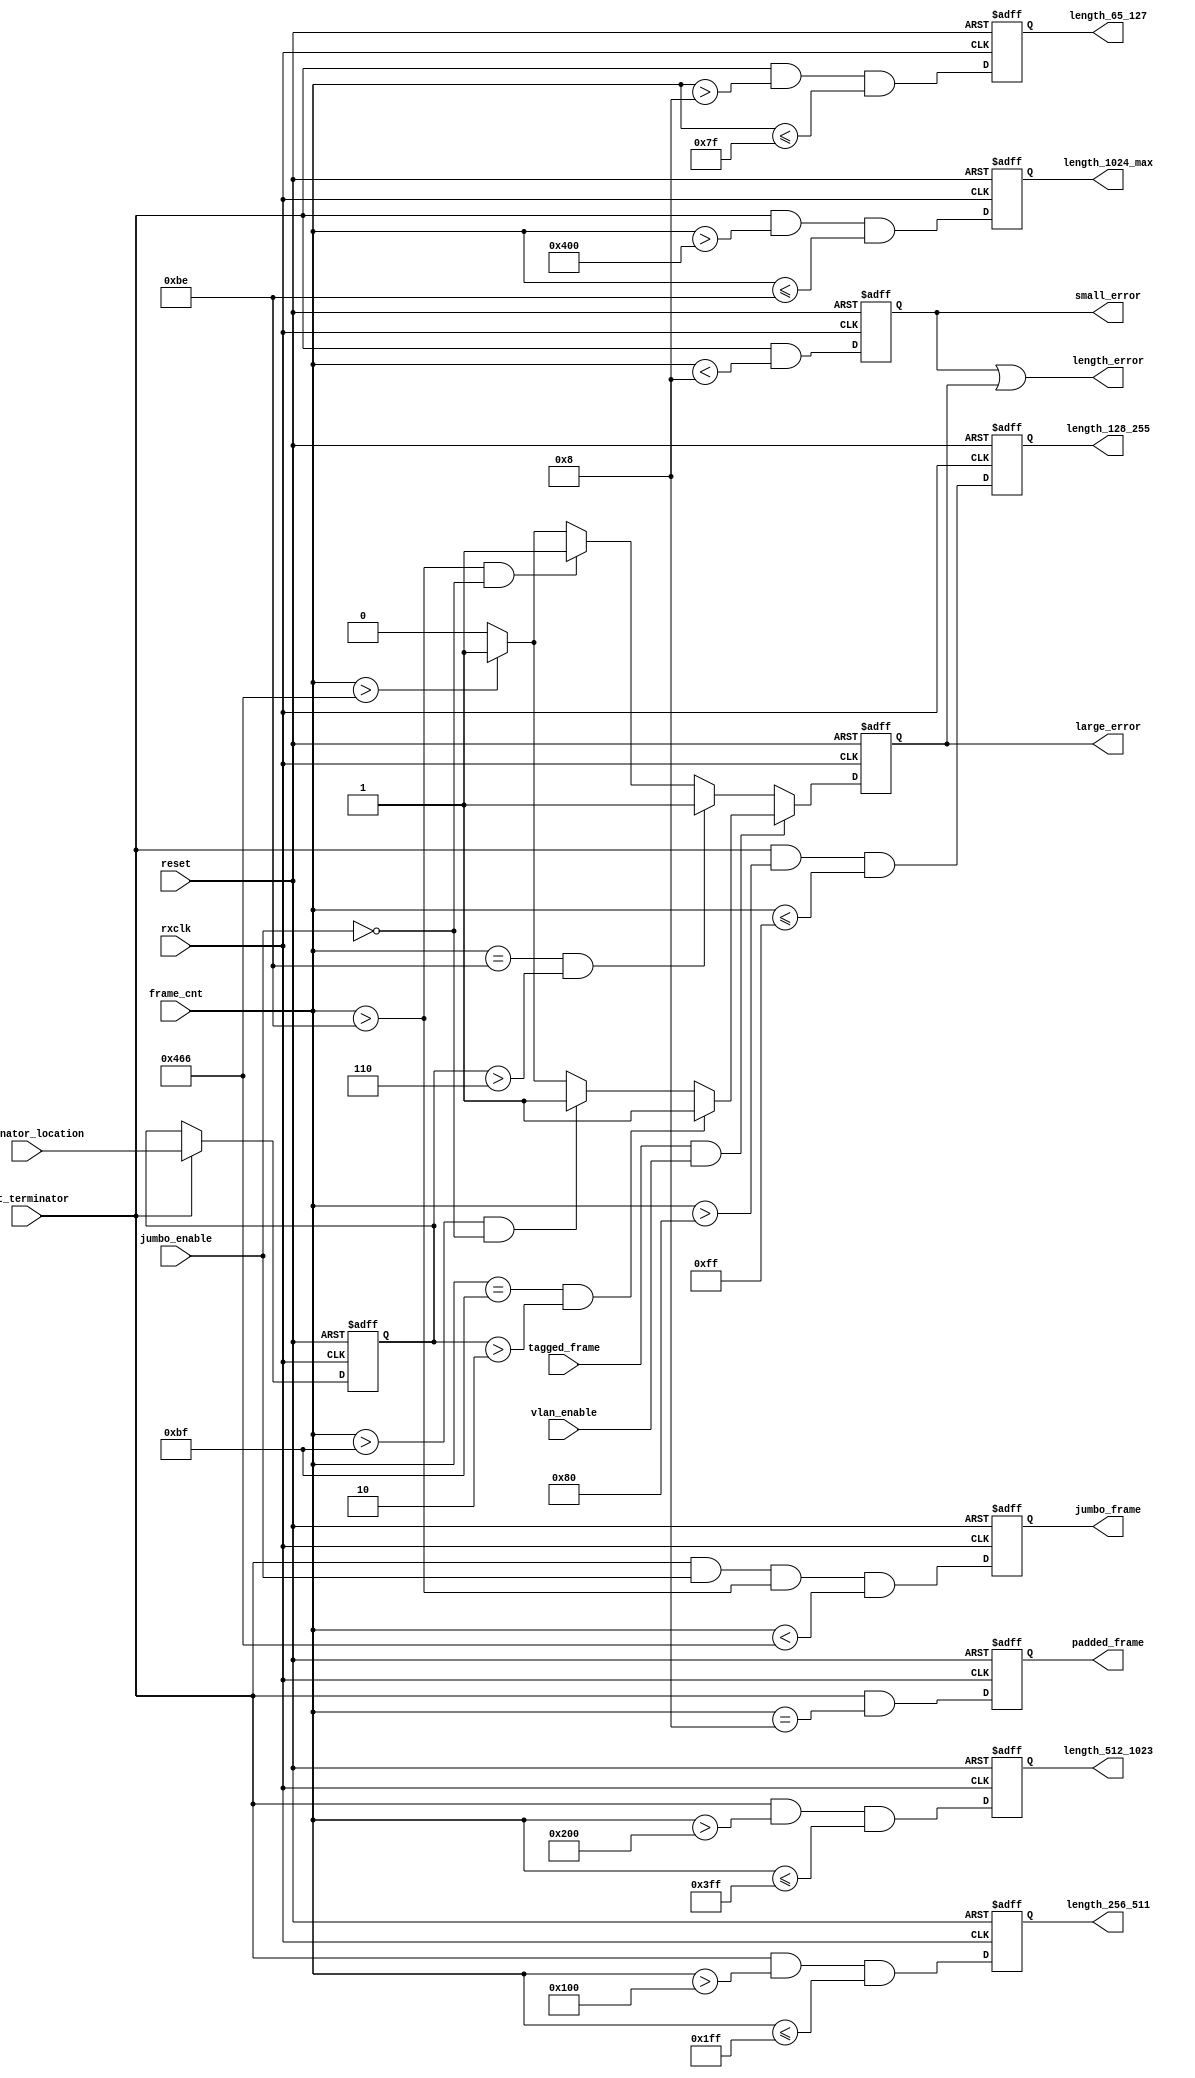
//////////////////////////////////////////////////////////////////////
////                                                              ////
//// MODULE NAME: Frame Length Checker                            ////
////                                                              ////
//// DESCRIPTION: Frame Length Checker of  10 Gigabit             ////
////     Ethernet MAC. Many statistics are implemented            ////
////     here.                                                    ////
////                                                              ////
//// This file is part of the 10 Gigabit Ethernet IP core project ////
////  http://www.opencores.org/projects/ethmac10g/                ////
////                                                              ////
//// AUTHOR(S):                                                   ////
//// Zheng Cao                                                    ////
////                                                              ////
//////////////////////////////////////////////////////////////////////
////                                                              ////
//// Copyright (c) 2005 AUTHORS.  All rights reserved.            ////
////                                                              ////
//// This source file may be used and distributed without         ////
//// restriction provided that this copyright statement is not    ////
//// removed from the file and that any derivative work contains  ////
//// the original copyright notice and the associated disclaimer. ////
////                                                              ////
//// This source file is free software; you can redistribute it   ////
//// and/or modify it under the terms of the GNU Lesser General   ////
//// Public License as published by the Free Software Foundation; ////
//// either version 2.1 of the License, or (at your option) any   ////
//// later version.                                               ////
////                                                              ////
//// This source is distributed in the hope that it will be       ////
//// useful, but WITHOUT ANY WARRANTY; without even the implied   ////
//// warranty of MERCHANTABILITY or FITNESS FOR A PARTICULAR      ////
//// PURPOSE.  See the GNU Lesser General Public License for more ////
//// details.                                                     ////
////                                                              ////
//// You should have received a copy of the GNU Lesser General    ////
//// Public License along with this source; if not, download it   ////
//// from http://www.opencores.org/lgpl.shtml                     ////
////                                                              ////
//////////////////////////////////////////////////////////////////////
//
// CVS REVISION HISTORY:
//
// $Log: not supported by cvs2svn $
// Revision 1.1.1.1  2006/05/31 05:59:42  Zheng Cao
// first version
//
// Revision 1.1  2005/12/25 16:43:10  Zheng Cao
// 
// 
//
//////////////////////////////////////////////////////////////////////

//////////////////////////////////////////////////////////////////////
////                                                              ////
//// MODULE NAME: timescale.v                                     ////
////                                                              ////
//// DESCRIPTION:                                                 ////
////                                                              ////
//// This file is part of the 10 Gigabit Ethernet IP core project ////
////  http://www.opencores.org/projects/ethmac10g/                ////
////                                                              ////
//// AUTHOR(S):                                                   ////
//// Zheng Cao                                                    ////
////                                                              ////
//////////////////////////////////////////////////////////////////////
////                                                              ////
//// Copyright (c) 2005 AUTHORS.  All rights reserved.            ////
////                                                              ////
//// This source file may be used and distributed without         ////
//// restriction provided that this copyright statement is not    ////
//// removed from the file and that any derivative work contains  ////
//// the original copyright notice and the associated disclaimer. ////
////                                                              ////
//// This source file is free software; you can redistribute it   ////
//// and/or modify it under the terms of the GNU Lesser General   ////
//// Public License as published by the Free Software Foundation; ////
//// either version 2.1 of the License, or (at your option) any   ////
//// later version.                                               ////
////                                                              ////
//// This source is distributed in the hope that it will be       ////
//// useful, but WITHOUT ANY WARRANTY; without even the implied   ////
//// warranty of MERCHANTABILITY or FITNESS FOR A PARTICULAR      ////
//// PURPOSE.  See the GNU Lesser General Public License for more ////
//// details.                                                     ////
////                                                              ////
//// You should have received a copy of the GNU Lesser General    ////
//// Public License along with this source; if not, download it   ////
//// from http://www.opencores.org/lgpl.shtml                     ////
////                                                              ////
//////////////////////////////////////////////////////////////////////
//
// CVS REVISION HISTORY:
//
// $Log: not supported by cvs2svn $
// Revision 1.1.1.1  2006/05/31 05:59:43  Zheng Cao
// first version
//
// Revision 1.1  2005/12/25 16:43:10  Zheng Cao
// 
// 
//
//////////////////////////////////////////////////////////////////////
`timescale 100ps / 10ps
//////////////////////////////////////////////////////////////////////
////                                                              ////
//// MODULE NAME: definition of parameters                        ////
////                                                              ////
//// DESCRIPTION:                                                 ////
////                                                              ////
////                                                              ////
//// This file is part of the 10 Gigabit Ethernet IP core project ////
////  http://www.opencores.org/projects/ethmac10g/                ////
////                                                              ////
//// AUTHOR(S):                                                   ////
//// Zheng Cao                                                    ////
////                                                              ////
//////////////////////////////////////////////////////////////////////
////                                                              ////
//// Copyright (c) 2005 AUTHORS.  All rights reserved.            ////
////                                                              ////
//// This source file may be used and distributed without         ////
//// restriction provided that this copyright statement is not    ////
//// removed from the file and that any derivative work contains  ////
//// the original copyright notice and the associated disclaimer. ////
////                                                              ////
//// This source file is free software; you can redistribute it   ////
//// and/or modify it under the terms of the GNU Lesser General   ////
//// Public License as published by the Free Software Foundation; ////
//// either version 2.1 of the License, or (at your option) any   ////
//// later version.                                               ////
////                                                              ////
//// This source is distributed in the hope that it will be       ////
//// useful, but WITHOUT ANY WARRANTY; without even the implied   ////
//// warranty of MERCHANTABILITY or FITNESS FOR A PARTICULAR      ////
//// PURPOSE.  See the GNU Lesser General Public License for more ////
//// details.                                                     ////
////                                                              ////
//// You should have received a copy of the GNU Lesser General    ////
//// Public License along with this source; if not, download it   ////
//// from http://www.opencores.org/lgpl.shtml                     ////
////                                                              ////
//////////////////////////////////////////////////////////////////////
//
// CVS REVISION HISTORY:
//
// $Log: not supported by cvs2svn $
// Revision 1.2  2006/06/16 06:36:28  fisher5090
// no message
//
// Revision 1.1.1.1  2006/05/31 05:59:44  Zheng Cao
// first version
//
// Revision 1.1  2005/12/25 16:43:10  Zheng Cao
// 
// 
//
//////////////////////////////////////////////////////////////////////





///////////////////////////////////////////////
// Length parameters
///////////////////////////////////////////////






///////////////////////////////////////////////
// Frame field parameters
///////////////////////////////////////////////












////////////////////////////////////////////////
// Frame bytes counter parameter
//////////////////////////////////////////////// 


module rxLenTypChecker(rxclk, reset, get_terminator, terminator_location, jumbo_enable, tagged_frame, 
       frame_cnt, vlan_enable,length_error,large_error, small_error, padded_frame, length_65_127, 
       length_128_255, length_256_511, length_512_1023, length_1024_max,jumbo_frame);
     
    input  rxclk;
    input  reset;
    input  jumbo_enable; //Enable jumbo frame recieving
    input  vlan_enable;  //VLAN mode enable bit
    input  tagged_frame;	 //number of 64bits DATA field of tagged frame contains
    input  get_terminator;
    input[12-1:0] frame_cnt; 
    input[2:0] terminator_location;

    output length_error;
    output large_error;
    output small_error;
    output padded_frame;
    output length_65_127;
    output length_128_255;
    output length_256_511;
    output length_512_1023;
    output length_1024_max;
    output jumbo_frame;
 
    parameter TP =1 ;

    reg [2:0]location_reg;
    always@(posedge rxclk or posedge reset)begin
         if (reset) 
           location_reg <=#TP 0;
         else if(get_terminator)
           location_reg <=#TP terminator_location;
         else 
           location_reg <=#TP location_reg;
         end

    reg large_error;
    always@(posedge rxclk or posedge reset)begin
         if(reset) 
           large_error <=#TP 1'b0;
         else if(tagged_frame & vlan_enable) begin
             if ((frame_cnt == 12'h0bf) & (location_reg > 3'h2))
                large_error <=#TP 1'b1;
             else if ((frame_cnt > 12'h0bf) & ~jumbo_enable)
                large_error <=#TP 1'b1;
             else if(frame_cnt > 12'h466)
                large_error <=#TP 1'b1;
             else
                large_error <=#TP 1'b0;
         end
         else begin
             if ((frame_cnt == 12'h0be) & (location_reg > 3'h6))
               large_error <=#TP 1'b1;
             else if((frame_cnt > 12'h0be) & ~jumbo_enable) 
               large_error <=#TP 1'b1;
             else if(frame_cnt > 12'h466)
               large_error <=#TP 1'b1;
             else
               large_error <=#TP 1'b0;
         end
    end

    reg small_error;
    always@(posedge rxclk or posedge reset) begin
         if(reset)
           small_error <=#TP 0;
    else 
           small_error <=#TP get_terminator & (frame_cnt< 8'h08);
    end

    wire length_error;
    assign length_error = small_error | large_error;
     
    /////////////////////////////////////////////////
    // Statistic signals
    /////////////////////////////////////////////////    
 
    ///////////////////////////////////
    // 64byte frame received OK
    ///////////////////////////////////

    reg padded_frame;
    always@(posedge rxclk or posedge reset) begin
          if(reset)
            padded_frame <=#TP 0;
          else
            padded_frame <=#TP get_terminator & (frame_cnt==8'h08);
    end

    ///////////////////////////////////
    // 65-127 byte Frame Received OK
    ///////////////////////////////////

    reg length_65_127;
    always@(posedge rxclk or posedge reset) begin
          if(reset)
            length_65_127 <=#TP 0;
          else
            length_65_127 <=#TP get_terminator & (frame_cnt>8'h08) & (frame_cnt <=127);
    end

    ///////////////////////////////////
    // 128-255 byte Frame Received OK
    ///////////////////////////////////

    reg length_128_255;
    always@(posedge rxclk or posedge reset) begin
         if(reset)
           length_128_255 <=#TP 0;
         else
           length_128_255 <=#TP get_terminator & (frame_cnt>128) & (frame_cnt <=255);
    end

    ///////////////////////////////////
    // 256-511 byte Frame Received OK
    ///////////////////////////////////

    reg length_256_511;
    always@(posedge rxclk or posedge reset) begin
         if(reset)
           length_256_511 <=#TP 0;
         else
           length_256_511 <=#TP get_terminator & (frame_cnt>256) & (frame_cnt <=511);
    end

    ///////////////////////////////////
    // 512-1023 byte Frame Received OK
    ///////////////////////////////////

    reg length_512_1023;
    always@(posedge rxclk or posedge reset) begin
         if(reset)
           length_512_1023 <=#TP 0;
         else
           length_512_1023 <=#TP get_terminator & (frame_cnt>512) & (frame_cnt <=1023);
    end

    ///////////////////////////////////
    // 1024-max byte Frame Received OK
    ///////////////////////////////////

    reg length_1024_max;
    always@(posedge rxclk or posedge reset) begin
         if(reset)
           length_1024_max <=#TP 0;
         else
           length_1024_max <=#TP get_terminator & (frame_cnt>1024) & (frame_cnt <=12'h0be);
    end

    //////////////////////////////////////////////
    // Count for Control Frames Received OK
    //////////////////////////////////////////////
    //how to indicate a control frame(not clearly specificated in 802.3

    ///////////////////////////////////////////////
    // Count for Oversize Frames Received OK
    ///////////////////////////////////////////////
 
    reg jumbo_frame;
    always@(posedge rxclk or posedge reset) begin
         if(reset)
           jumbo_frame <=#TP 0;
         else
           jumbo_frame <=#TP get_terminator & jumbo_enable & (frame_cnt > 12'h0be) & (frame_cnt < 12'h466);
    end

endmodule